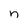
Character: n